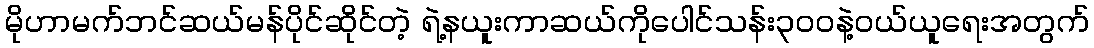
မိုဟာမက်ဘင်ဆယ်မန်ပိုင်ဆိုင်တဲ့ ရဲ့နယူးကာဆယ်ကိုပေါင်သန်း၃၀၀နဲ့ဝယ်ယူရေးအတွက်